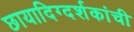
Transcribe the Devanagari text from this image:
छायादिग्दर्शकांची